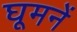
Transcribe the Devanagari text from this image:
घूमनें